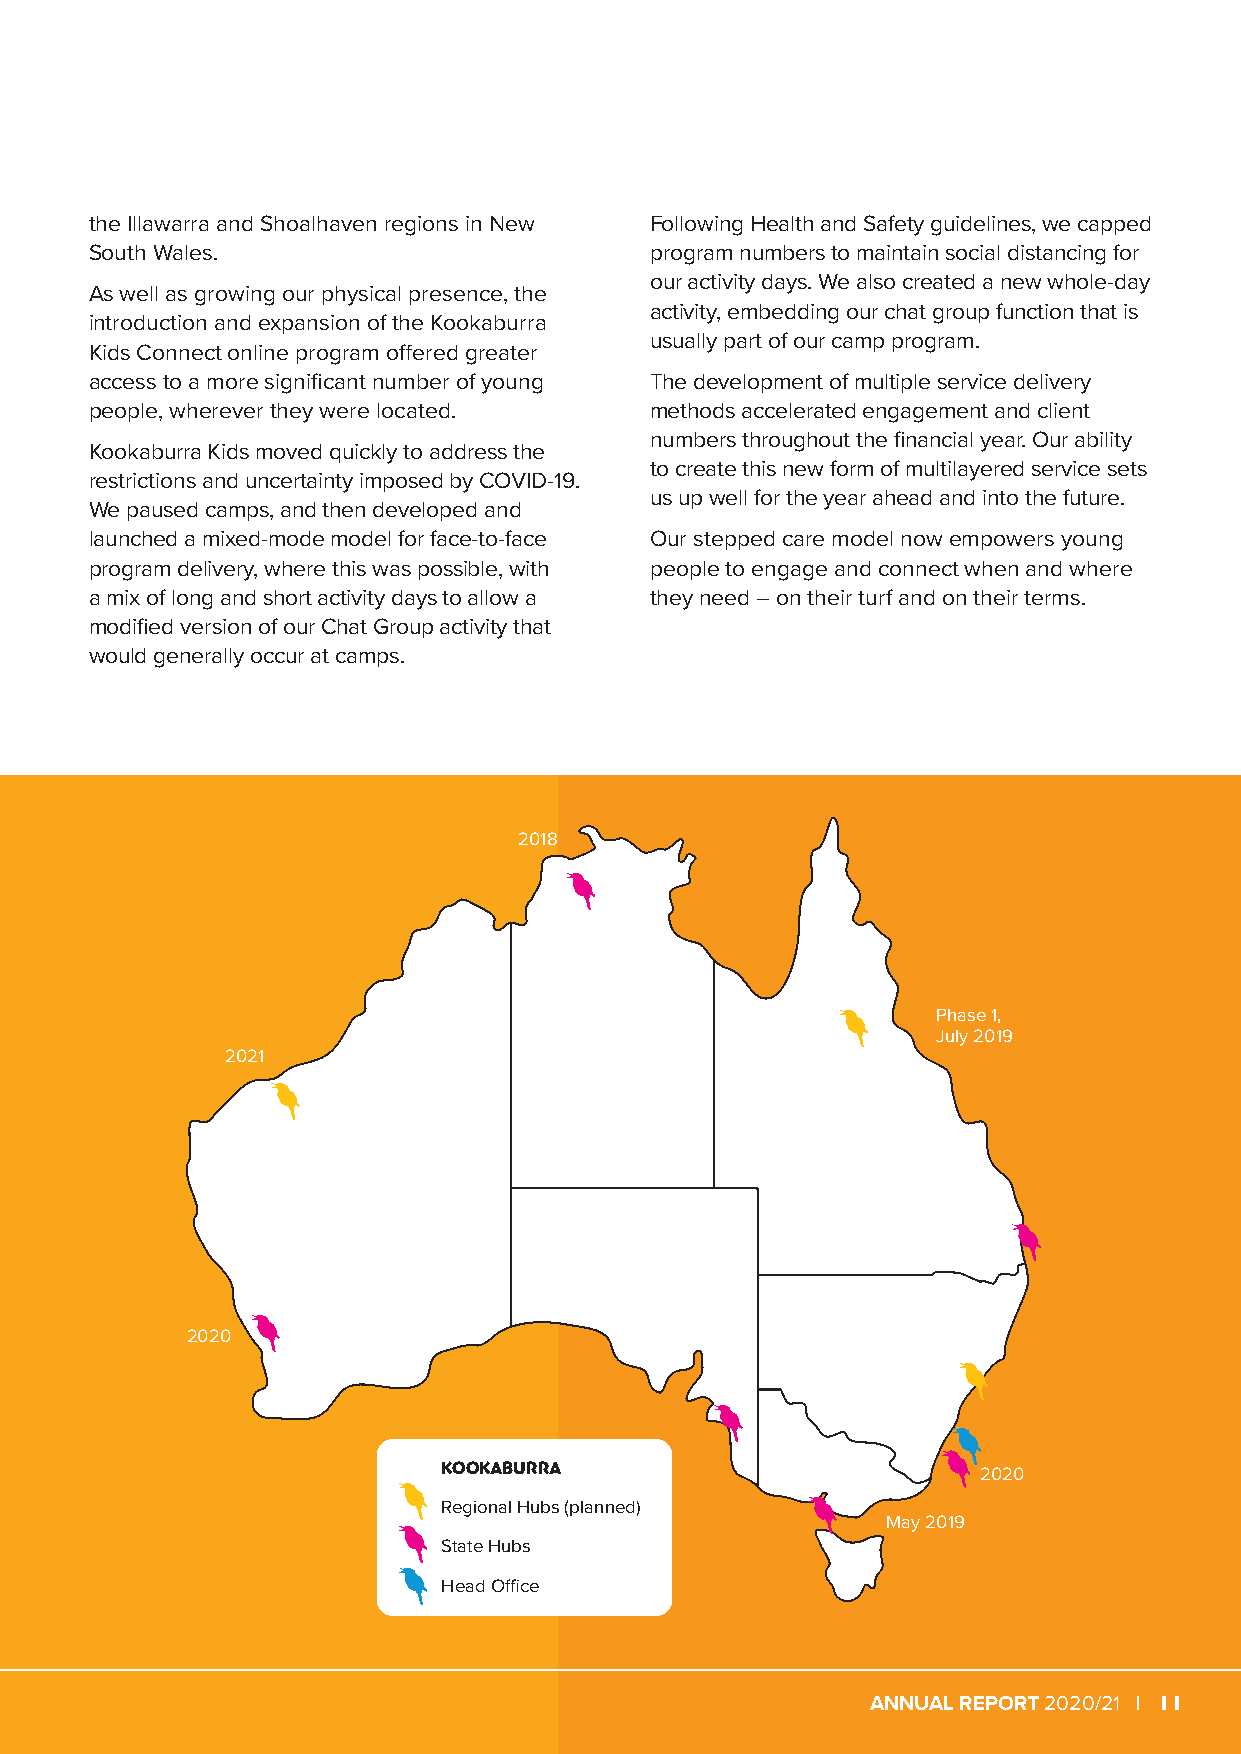
the Illawarra and Shoalhaven regions in New Following Health and Safety guidelines, we capped
 South Wales.                         program numbers to maintain social distancing for
 our activity days. We also created a new whole-day
 As well as growing our physical presence, the
 activity, embedding our chat group function that is
 introduction and expansion of the Kookaburra
 usually part of our camp program.
 Kids Connect online program offered greater
 access to a more significant number of young The development of multiple service delivery
 people, wherever they were located.  methods accelerated engagement and client
 numbers throughout the financial year. Our ability
 Kookaburra Kids moved quickly to address the
 to create this new form of multilayered service sets
 restrictions and uncertainty imposed by COVID-19.
 us up well for the year ahead and into the future.
 We paused camps, and then developed and
 launched a mixed-mode model for face-to-face Our stepped care model now empowers young
 program delivery, where this was possible, with people to engage and connect when and where
 a mix of long and short activity days to allow a they need – on their turf and on their terms.
 modified version of our Chat Group activity that
 would generally occur at camps.
 2018
 Number of Participations:
 Phase 1,
 July 2019
 2021
 2020
 KOOKABURRA                          2020
 Regional Hubs (planned)
 May 2019
 State Hubs
 Head Office
 ANNUAL REPORT 2020/21 | 11